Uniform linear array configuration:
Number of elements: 12
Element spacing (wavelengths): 1
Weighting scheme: exponential
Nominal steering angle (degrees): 30
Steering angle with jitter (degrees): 28.656
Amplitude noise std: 0.05
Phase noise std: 0.05

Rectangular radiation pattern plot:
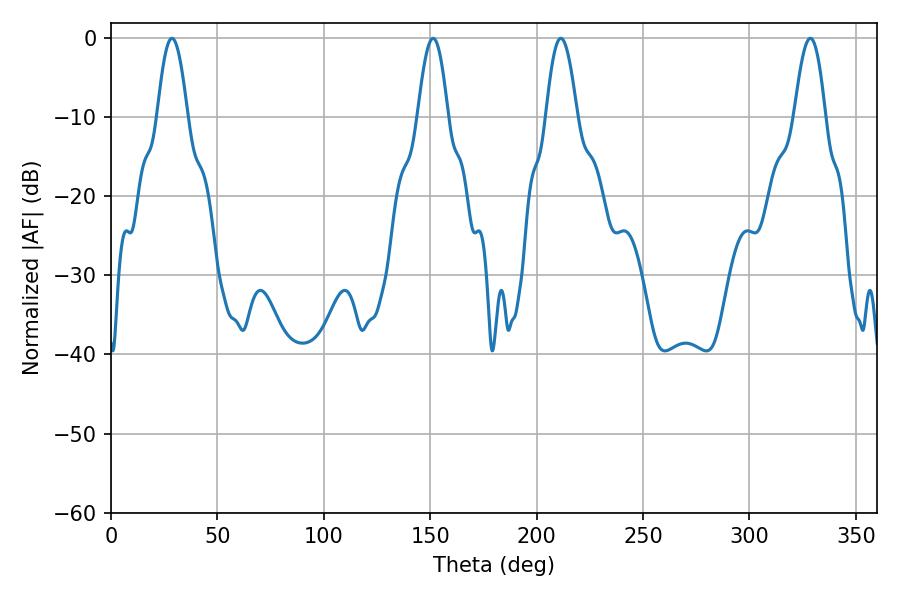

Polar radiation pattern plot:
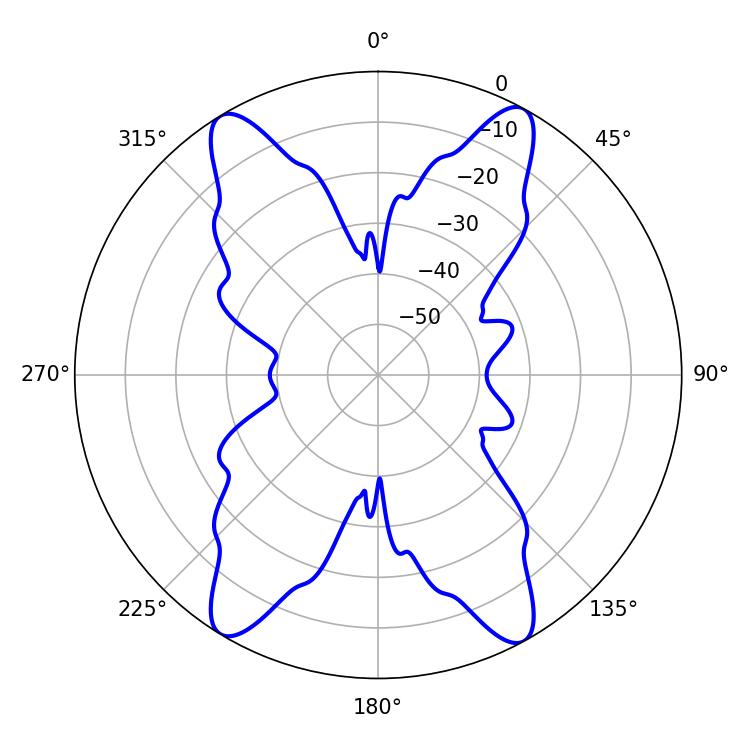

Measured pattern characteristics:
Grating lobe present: TRUE
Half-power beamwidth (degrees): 7.74
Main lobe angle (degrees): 28.62